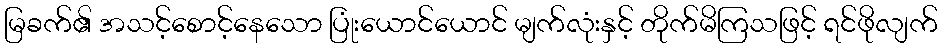
မြခက်၏ အသင့်စောင့်နေသော ပြုံးယောင်ယောင် မျက်လုံးနှင့် တိုက်မိကြသဖြင့် ရင်ဖိုလျက်